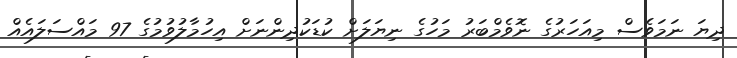
ދިޔަ ނަމަވެސް މިއަހަރުގެ ނޮވެމްބަރު މަހުގެ ނިޔަލަށް ކުޑަކުދިންނަށް އިހުމާލުވުމުގެ 97 މައްސަލައެއް